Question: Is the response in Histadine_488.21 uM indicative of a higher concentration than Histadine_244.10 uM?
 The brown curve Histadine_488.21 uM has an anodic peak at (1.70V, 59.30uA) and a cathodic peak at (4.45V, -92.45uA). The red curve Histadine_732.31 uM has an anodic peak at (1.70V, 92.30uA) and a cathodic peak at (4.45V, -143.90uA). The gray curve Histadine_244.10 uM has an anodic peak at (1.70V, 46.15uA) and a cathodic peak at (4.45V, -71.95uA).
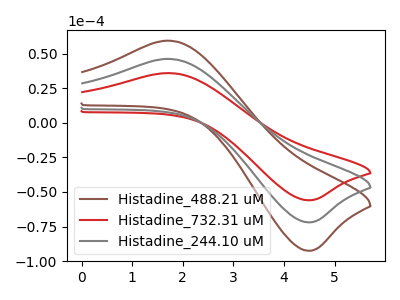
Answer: <think>All the peaks in "Histadine_488.21 uM" have a peak in "Histadine_244.10 uM" at the same potential. Every peak in "Histadine_488.21 uM" is higher than every peak in "Histadine_244.10 uM".
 </think>
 <answer>"Histadine_488.21 uM" has more signal than "Histadine_244.10 uM".</answer>
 <eval>more_signal</eval>